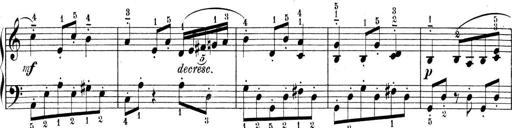
Title: 9 Sonatinen
Composer: Alexander Winterberger